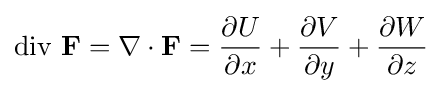
\operatorname {div} \,\mathbf {F} =\nabla \cdot \mathbf {F} ={\frac {\partial U}{\partial x}}+{\frac {\partial V}{\partial y}}+{\frac {\partial W}{\partial z}}